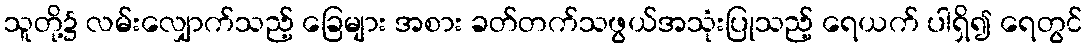
သူတို့၌ လမ်းလျှောက်သည့် ခြေများ အစား ခတ်တက်သဖွယ်အသုံးပြုသည့် ရေယက် ပါရှိ၍ ရေတွင်